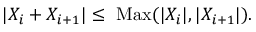
| X _ { i } + X _ { i + 1 } | \leq \mathrm { ~ M a x } ( | X _ { i } | , | X _ { i + 1 } | ) .